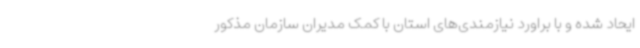
ایحاد شده و با براورد نیازمندی‌های استان با کمک مدیران سازمان مذکور